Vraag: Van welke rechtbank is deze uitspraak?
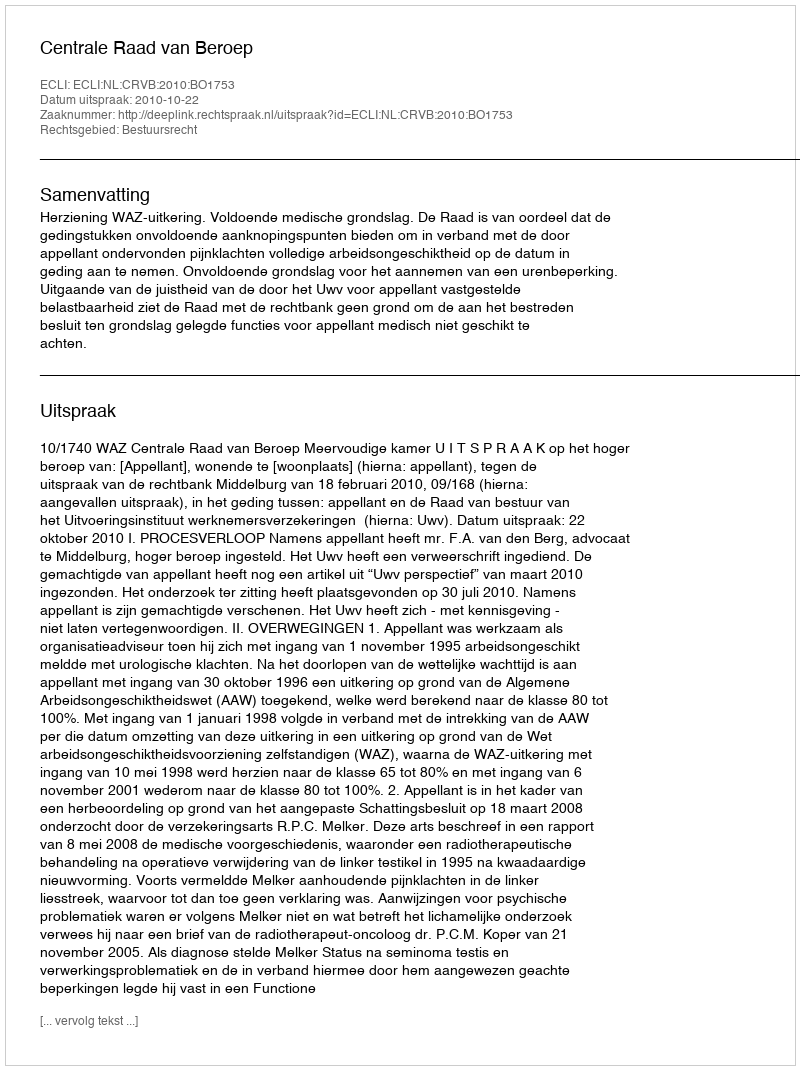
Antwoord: Centrale Raad van Beroep